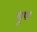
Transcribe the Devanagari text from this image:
धूपा